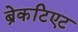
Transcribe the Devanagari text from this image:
ब्रेकटिएट